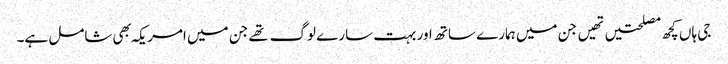
جی ہاں کچھ مصلحتیں تهیں جن میں ہمارے ساتھ اور بہت سارے لوگ تهے جن میں امریکہ بهی شامل ہے۔